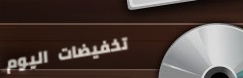
تخفيضات اليوم